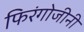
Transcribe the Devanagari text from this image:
फिरंगोजीनी